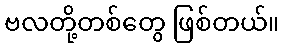
ဗလတို့တစ်တွေ ဖြစ်တယ်။